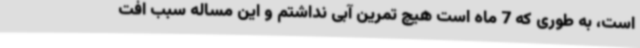
است، به طوری که 7 ماه است هیچ تمرین آبی نداشتم و این مساله سبب افت